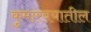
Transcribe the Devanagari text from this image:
कुमारवयातील